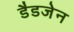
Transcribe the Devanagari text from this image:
डैडजेन